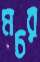
মচর